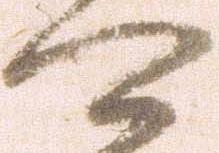
可